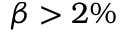
\beta > 2 \%